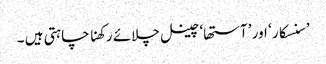
’سنسکار ‘ اور ’آستھا‘چینل چلائے رکھنا چاہتی ہیں ۔